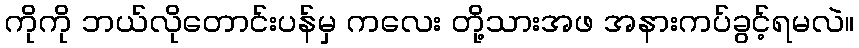
ကိုကို ဘယ်လိုတောင်းပန်မှ ကလေး တို့သားအဖ အနားကပ်ခွင့်ရမလဲ။